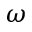
\omega